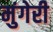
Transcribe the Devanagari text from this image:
मुंगेरी